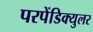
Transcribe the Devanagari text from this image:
परपेंडिक्युलर